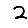
Digit: 2